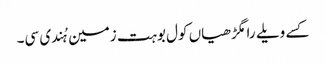
کسے ویلے رامگڑھیاں کول بوہت زمین ہُندی سی۔